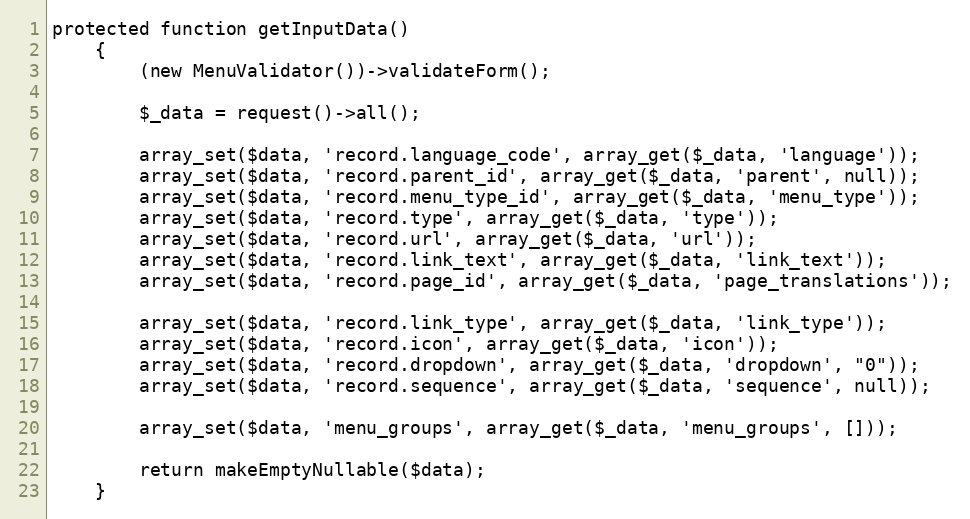
Language: PHP
protected function getInputData()
    {
        (new MenuValidator())->validateForm();

        $_data = request()->all();

        array_set($data, 'record.language_code', array_get($_data, 'language'));
        array_set($data, 'record.parent_id', array_get($_data, 'parent', null));
        array_set($data, 'record.menu_type_id', array_get($_data, 'menu_type'));
        array_set($data, 'record.type', array_get($_data, 'type'));
        array_set($data, 'record.url', array_get($_data, 'url'));
        array_set($data, 'record.link_text', array_get($_data, 'link_text'));
        array_set($data, 'record.page_id', array_get($_data, 'page_translations'));

        array_set($data, 'record.link_type', array_get($_data, 'link_type'));
        array_set($data, 'record.icon', array_get($_data, 'icon'));
        array_set($data, 'record.dropdown', array_get($_data, 'dropdown', "0"));
        array_set($data, 'record.sequence', array_get($_data, 'sequence', null));

        array_set($data, 'menu_groups', array_get($_data, 'menu_groups', []));

        return makeEmptyNullable($data);
    }